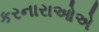
કરનારાઓએ